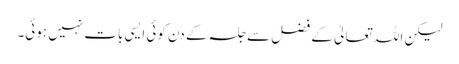
لیکن اللہ تعالیٰ کے فضل سے جلسہ کے دن کوئی ایسی بات نہیں ہوئی۔